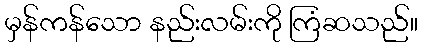
မှန်ကန်သော နည်းလမ်းကို ကြံဆသည်။